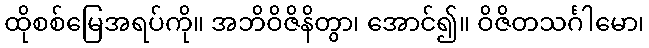
ထိုစစ်မြေအရပ်ကို။ အဘိဝိဇိနိတွာ၊ အောင်၍။ ဝိဇိတသင်္ဂါမော၊